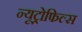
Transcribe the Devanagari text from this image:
न्यूट्रोफिल्स